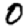
Digit: 0